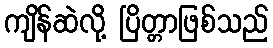
ကျိန်ဆဲလို့ ပြိတ္တာဖြစ်သည်